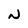
Character: N